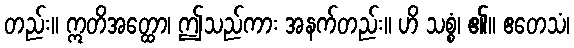
တည်း။ ဣတိအတ္ထော၊ ဤသည်ကား အနက်တည်း။ ဟိ သစ္စံ၊ ၏။ ဧတေသံ၊